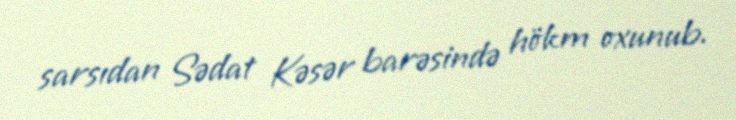
sarsıdan Sədat Kəsər barəsində hökm oxunub.